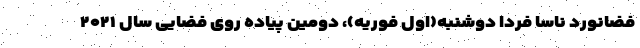
فضانورد ناسا فردا دوشنبه(اول فوریه)، دومین پیاده روی فضایی سال ۲۰۲۱